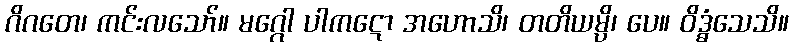
ဂိဂတေ၊ ကင်းလသော်။ မဂ္ဂေါ ပါကဋော အဟောသိ၊ တတိယမ္ပိ၊ ပေ။ ဝိဒ္ဓံသေသိ။